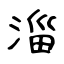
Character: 淄